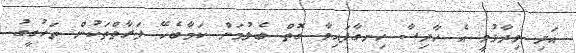
އަދި ވިދާޅުވީ އެ ހާދިސާ ހިނގާފައިވާ ގޮތް ބެލުމަށް ކަމާބެހޭ ފަރާތްތަކުން ތަހުގީގު